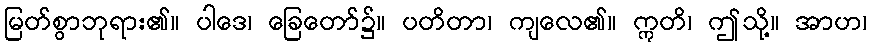
မြတ်စွာဘုရား၏။ ပါဒေ၊ ခြေတော်၌။ ပတိတာ၊ ကျလေ၏။ ဣတိ၊ ဤသို့။ အာဟ၊